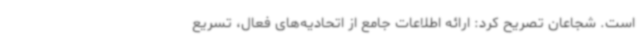
است. شجاعان تصریح کرد: ارائه اطلاعات جامع از اتحادیه‌های فعال، تسریع